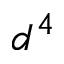
d ^ { 4 }